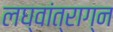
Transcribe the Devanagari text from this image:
लघ्वांत्राग्न